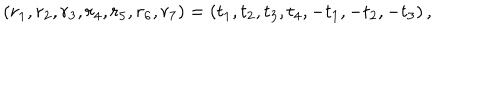
\left( r _ { 1 } , r _ { 2 } , r _ { 3 } , r _ { 4 } , r _ { 5 } , r _ { 6 } , r _ { 7 } \right) = \left( t _ { 1 } , t _ { 2 } , t _ { 3 } , t _ { 4 } , - t _ { 1 } , - t _ { 2 } , - t _ { 3 } \right) ,